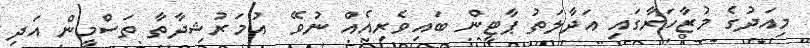
މިއަދުގެ މުޒާހަރާގައި އަދާލަތު ޕާޓީން ބައިވެރިއެއް ނުވޭ  އުމަރުޝިދާތާ ތަސްމީން އަދި